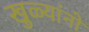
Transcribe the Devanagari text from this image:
खुळ्यांनो